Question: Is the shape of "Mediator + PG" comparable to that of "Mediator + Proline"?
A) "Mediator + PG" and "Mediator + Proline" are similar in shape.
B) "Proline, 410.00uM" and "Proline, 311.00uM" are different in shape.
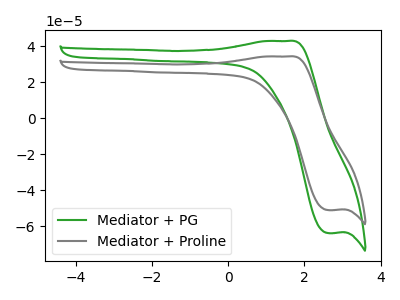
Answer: <think>The green curve "Mediator + PG" has an anodic peak at (1.55V, 42.80uA) and a cathodic peak at (2.60V, -63.70uA). The gray curve "Mediator + Proline" has an anodic peak at (1.55V, 34.20uA) and a cathodic peak at (2.60V, -50.95uA).
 All the peaks in "Mediator + PG" have a peak in "Mediator + Proline" at the same potential. Every peak in "Mediator + PG" is higher than every peak in "Mediator + Proline".</think>
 <answer>A) "Mediator + PG" and "Mediator + Proline" are similar in shape.</answer>
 <eval>A</eval>